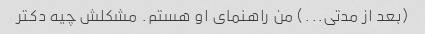
(بعد از مدتی...) من راهنمای او هستم. مشکلش چیه دکتر